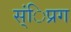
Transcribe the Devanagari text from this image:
स्ंिप्रग